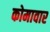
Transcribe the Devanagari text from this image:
कोमावार